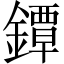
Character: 鐔